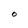
Character: O